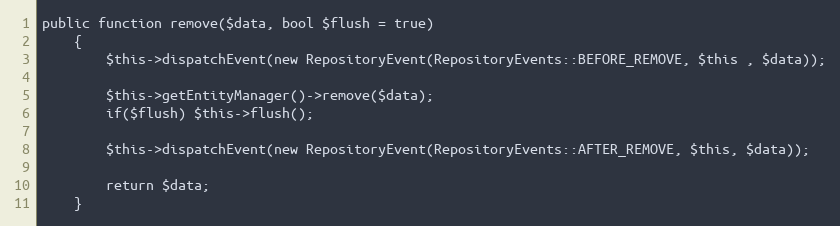
Language: PHP
public function remove($data, bool $flush = true)
    {
        $this->dispatchEvent(new RepositoryEvent(RepositoryEvents::BEFORE_REMOVE, $this , $data));

        $this->getEntityManager()->remove($data);
        if($flush) $this->flush();

        $this->dispatchEvent(new RepositoryEvent(RepositoryEvents::AFTER_REMOVE, $this, $data));

        return $data;
    }